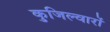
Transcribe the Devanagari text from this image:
कुजिल्वारों